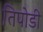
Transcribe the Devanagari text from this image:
तिपोडी